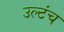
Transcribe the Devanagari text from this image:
उल्टंच